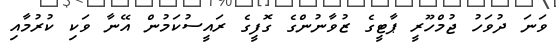
ވަނަ ދުވަހު ޖުމްހޫރީ ޕާޓީގެ ޒުވާނުންގެ ގޮފީގެ ރައީސުކަމުން އޭނާ ވަކި ކުރުމާއި